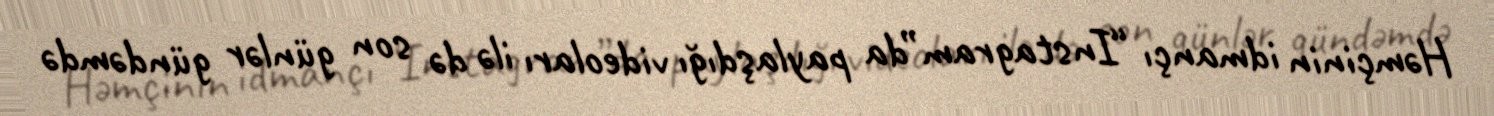
Həmçinin idmançı “Instagram”da paylaşdığı videoları ilə də son günlər gündəmdə